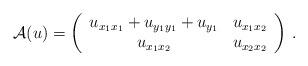
LaTeX: \begin{align*}\mathcal{A}(u)=\left(\begin{array}{cc}u_{x_1x_1}+u_{y_1y_1}+u_{y_1} & u_{x_1x_2}\\u_{x_1x_2} & u_{x_2x_2}\end{array}\right)\,. \end{align*}